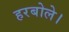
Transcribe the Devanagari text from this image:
हरबोले।